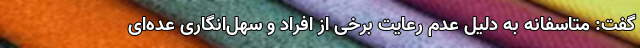
گفت: متاسفانه به دلیل عدم رعایت برخی از افراد و سهل‌انگاری عده‌ای